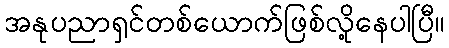
အနုပညာရှင်တစ်ယောက်ဖြစ်လို့နေပါပြီ။